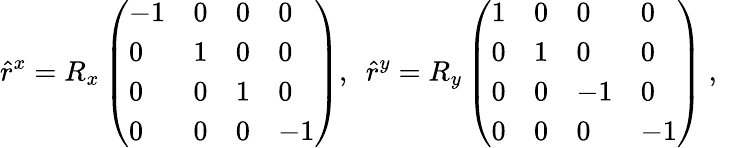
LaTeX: \hat{r}^{x}=R_{x}\left(\begin{array}{llll}{-1}&{0}&{0}&{0}\\ {0}&{1}&{0}&{0}\\ {0}&{0}&{1}&{0}\\ {0}&{0}&{0}&{-1}\end{array}\right),\, \, \, \hat{r}^{y}=R_{y}\left(\begin{array}{llll}{1}&{0}&{0}&{0}\\ {0}&{1}&{0}&{0}\\ {0}&{0}&{-1}&{0}\\ {0}&{0}&{0}&{-1}\end{array}\right)\mathrm{~,~}